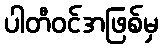
ပါတီဝင်အဖြစ်မှ